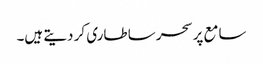
سامع پر سحر سا طاری کر دیتے ہیں۔